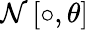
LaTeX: \mathcal{N}\left[\circ,\theta\right]